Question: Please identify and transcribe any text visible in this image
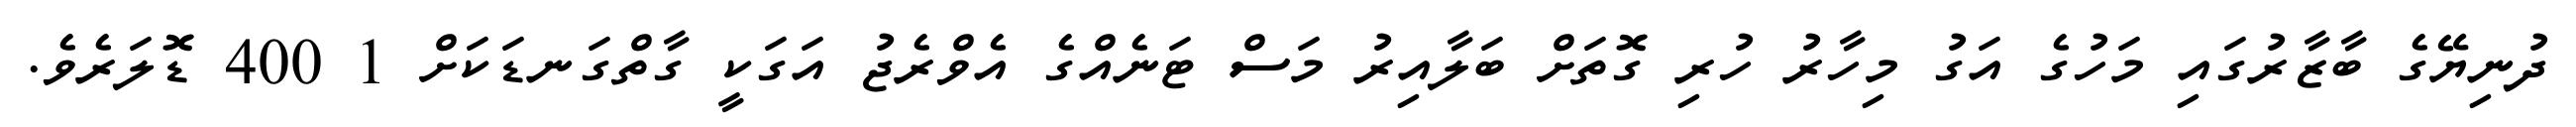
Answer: ދުނިޔޭގެ ބާޒާރުގައި މަހުގެ އަގު މިހާރު ހުރި ގޮތަށް ބަލާއިރު މަސް ޓަނެއްގެ އެވްރެޖު އަގަކީ ގާތްގަނޑަކަށް 1 400 ޑޮލަރެވެ.